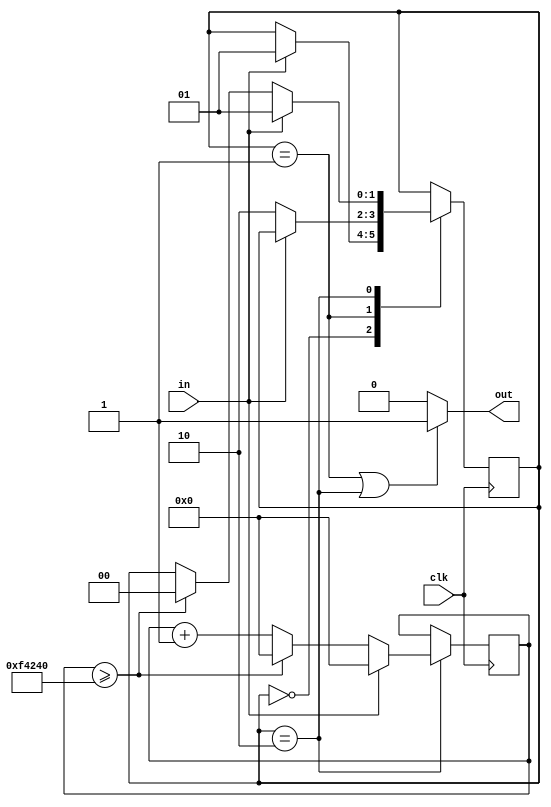
module fd(
    input clk,
    input in,
    output out
);

    parameter S_IDLE = 0, S_VALID = 1, S_OUT = 2;

    reg [1:0] state;

    reg [31:0] cnt;

    initial begin
        state <= S_IDLE;
        cnt <= 0;
    end

    always @(posedge clk) begin
        case(state)
            S_IDLE: begin
                if(in) begin
                    state <= S_VALID;
                end
            end
            S_VALID: begin
                if (!in) begin
                    state <= S_OUT;
                end
            end
            S_OUT: begin
                if (in) begin
                    state <= S_VALID;
						  cnt <= 0;
                end else begin
                    cnt <= cnt + 1;
                    if (cnt >= 1000000) begin
                        state <= S_IDLE;
                        cnt <= 0;
                    end
                end
            end
        endcase
    end

    assign out = (state == S_VALID || state == S_OUT) ? 1 : 0;
	 
endmodule